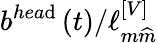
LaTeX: b^{hea\mathrm{d}}\left(t\right)/\ell_{m\widehat{{m}}}^{\left[V\right]}